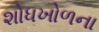
શોધખોળના